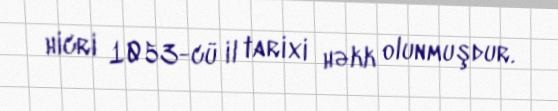
hicri 1053-cü il tarixi həkk olunmuşdur.